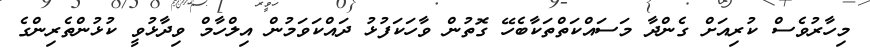
މިހާރުވެސް ކުރިއަށް ގެންދާ މަސައްކަތްތަކާބެހޭ ގޮތުން ވާހަކަފުޅު ދައްކަވަމުން އިލްހާމް ވިދާޅުވީ ކުޅުންތެރިންގެ